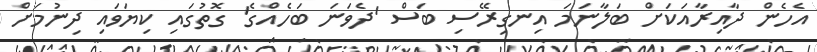
އެހެން ދާއިރާއަކަށް ބަލާނަމަ އިނގިރޭސި ބަސް 'ދެވަނަ ބަހެއްގެ' ގޮތުގައި ކިޔަވައި ދިނުމަށް